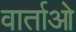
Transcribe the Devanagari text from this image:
वार्ताओ